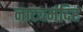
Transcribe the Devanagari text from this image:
नाट्यमंदिर